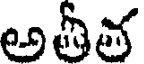
అతీత